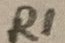
Text: R1